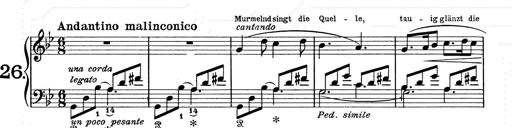
Title: 6 Polish Songs
Composer: Franz Liszt